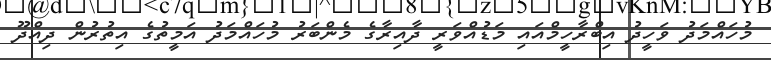
މުހައްމަދު ވަހީދު އިބްރާހީމްއައި މަޑުއްވަރީ ދާއިރާގެ މެންބަރު މުހައްމަދު އަމީތުގެ އިތުރުން ދިއްދޫ